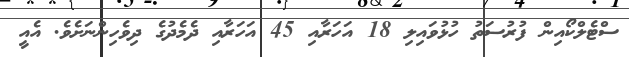
ސްޓެލްކޯއިން ފުރުސަތު ހުޅުވައިލި 18 އަހަރާއި 45 އަހަރާއި ދެމެދުގެ ދިވެހިންނަށެވެ. އެއީ